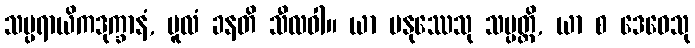
သမ္ပရာယိကဒုက္ခာနံ, မူလံ ခနတိ သီလဝါ။ ယာ မနုဿေသု သမ္ပတ္တိ, ယာ စ ဒေဝေသု